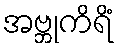
အဗ္ဘုကိရိံ